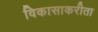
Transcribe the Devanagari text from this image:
विकासाकरीता